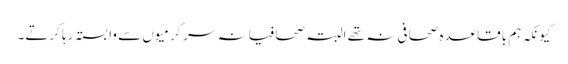
کیونکہ ہم باقاعدہ صحافی نہ تھے البتہ صحافیانہ سرگرمیوں سے وابستہ رہا کرتے۔